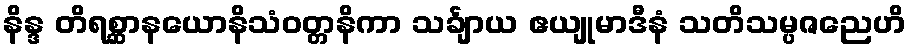
နိန္ဒ တိရစ္ဆာနယောနိသံဝတ္တနိကာ သင်္ချာယ ဧယျုမာဒီနံ သတိသမ္ပဇညေဟိ